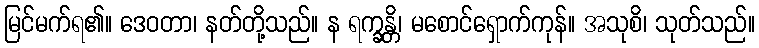
မြင်မက်ရ၏။ ဒေဝတာ၊ နတ်တို့သည်။ န ရက္ခန္တိ၊ မစောင်ရှောက်ကုန်။ အသုစိ၊ သုတ်သည်။